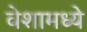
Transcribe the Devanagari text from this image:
वेशामध्ये